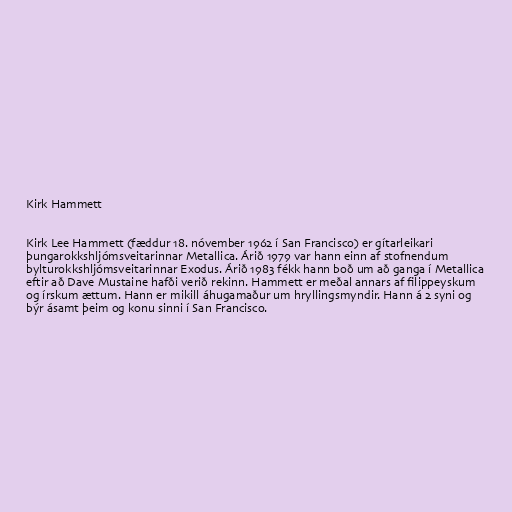
Kirk Hammett

Kirk Lee Hammett (fæddur 18. nóvember 1962 í San Francisco) er gítarleikari
þungarokkshljómsveitarinnar Metallica. Árið 1979 var hann einn af stofnendum
bylturokkshljómsveitarinnar Exodus. Árið 1983 fékk hann boð um að ganga í Metallica
eftir að Dave Mustaine hafði verið rekinn. Hammett er meðal annars af filippeyskum
og írskum ættum. Hann er mikill áhugamaður um hryllingsmyndir. Hann á 2 syni og
býr ásamt þeim og konu sinni í San Francisco.